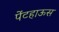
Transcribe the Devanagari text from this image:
पेंटहाऊस